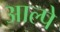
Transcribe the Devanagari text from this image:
आल्पे